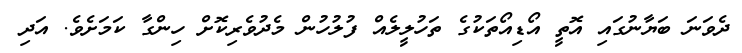
ދެވަނަ ބަޔާނުގައި އޮތީ އޯޑިއޯތަކުގެ ތަހުލީލެއް ފުލުހުން މެދުވެރިކޮށް ހިންގާ ކަމަށެވެ. އަދި